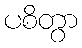
ပစိတွာ